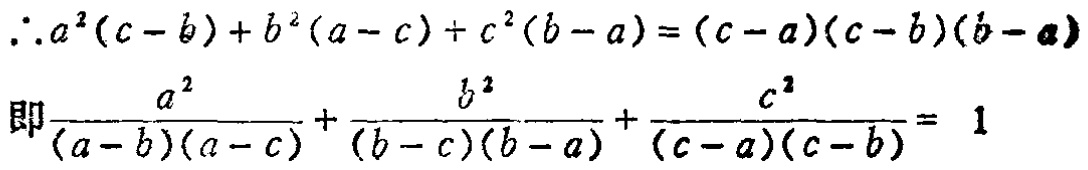
\(\therefore a^{2}(c - b)+b^{2}(a - c)+c^{2}(b - a)=(c - a)(c - b)(b - a)\)

即\(\frac{a^{2}}{(a - b)(a - c)}+\frac{b^{2}}{(b - c)(b - a)}+\frac{c^{2}}{(c - a)(c - b)} = 1\)